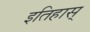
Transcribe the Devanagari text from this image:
इतिहास्